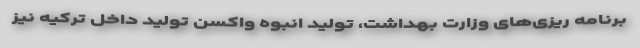
برنامه ریزی‌های وزارت بهداشت، تولید انبوه واکسن تولید داخل ترکیه نیز